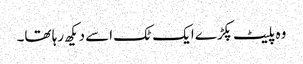
وہ پلیٹ پکڑے ایک ٹک اسے دیکھ رہا تھا۔